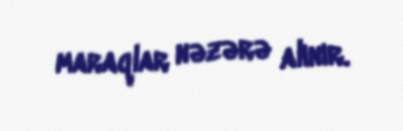
maraqlar nəzərə alınır.